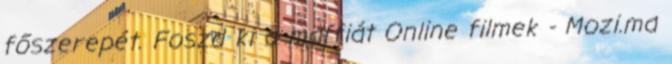
főszerepét. Foszd ki a maffiát Online filmek - Mozi.ma